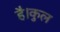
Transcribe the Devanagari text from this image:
है।कुल